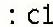
: C1